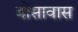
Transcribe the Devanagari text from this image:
बोसावास